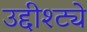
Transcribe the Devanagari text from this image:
उद्दीश्ट्ये